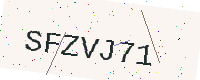
Text: SFZVJ71